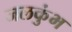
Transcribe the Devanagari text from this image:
जलकुंभ